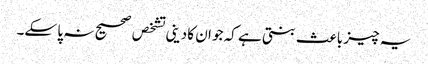
یہ چیز باعث بنتی ہے کہ جو ان کا دینی تشخص صحیح نہ پا سکے۔